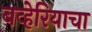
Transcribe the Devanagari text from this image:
बव्हेरियाचा